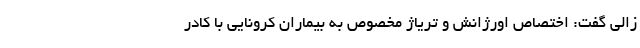
زالی گفت: اختصاص اورژانش و تریاژ مخصوص به بیماران کرونایی با کادر